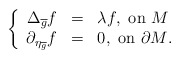
\begin{align*}\left\{\begin{array}{rcl}\Delta_{\overline{g}} f & = & \lambda f, \mbox{ on $M$} \\\partial_{{\eta}_{\overline{g}}} f & = & 0, \mbox{ on $\partial M$}.\end{array}\right.\end{align*}